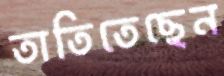
তাতিতেছেন